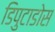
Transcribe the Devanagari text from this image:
डिपुटाडोस